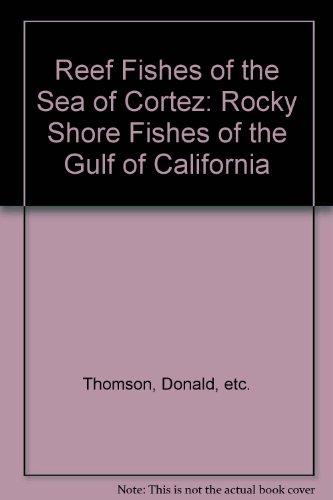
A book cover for Reef Fishes of the Sea of Cortez: The Rocky-Shore Fishes of the Gulf of California; Donald A. Thomson; Sports & Outdoors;